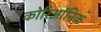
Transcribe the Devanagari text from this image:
कोरिऑनिक